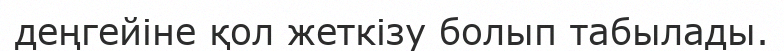
деңгейіне қол жеткізу болып табылады.